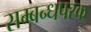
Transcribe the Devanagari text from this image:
सम्बन्धपरक